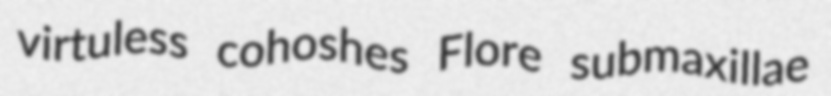
virtuless cohoshes Flore submaxillae